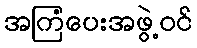
အကြံပေးအဖွဲ့ဝင်